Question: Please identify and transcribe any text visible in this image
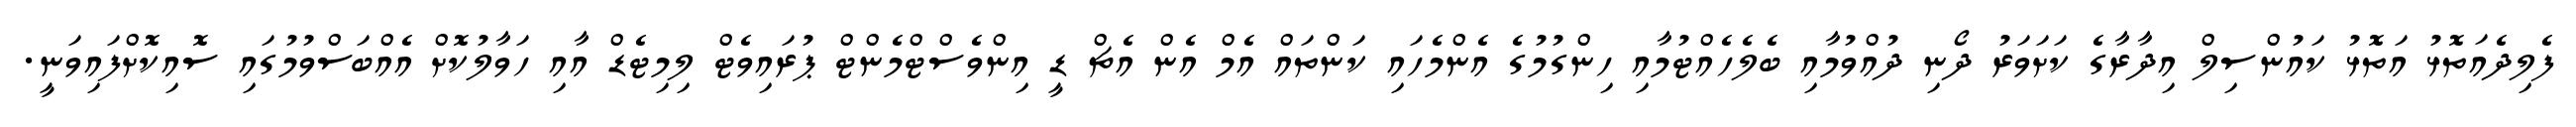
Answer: ފެލިދެއަތޮޅު އަތޮޅު ކައުންސިލް އިދާރާގެ ކަށަވަރު ދޯނި ދުއްވުމާއި ބެލެހެއްޓުމާއި ހިންގުމުގެ އެންމެހައި ކަންތައް އެމް އެން އެޗް ޑީ އިންވެސްޓްމެންޓް ޕުރައިވެޓް ލިމިޓެޑް އާއި ހަވާލުކޮށް އެއްބަސްވުމުގައި ސޮއިކޮށްފައިވަނީ.